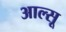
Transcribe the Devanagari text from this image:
आल्सू